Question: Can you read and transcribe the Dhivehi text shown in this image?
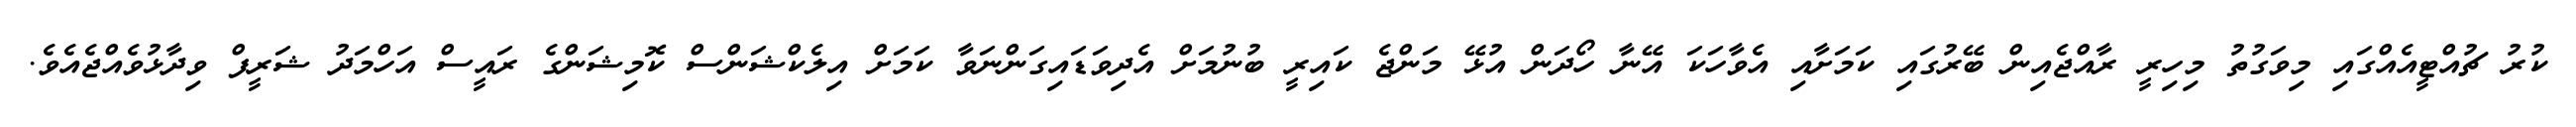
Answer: ކުރު ޗުއްޓީއެއްގައި މިވަގުތު މިހިރީ ރާއްޖެއިން ބޭރުގައި ކަމަށާއި އެވާހަކަ އޭނާ ހޯދަން އުޅޭ މަންޖެ ކައިރީ ބުނުމަށް އެދިވަޑައިގަންނަވާ ކަމަށް އިލެކްޝަންސް ކޮމިޝަންގެ ރައީސް އަހްމަދު ޝަރީފް ވިދާޅުވެއްޖެއެވެ.